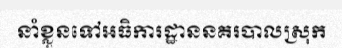
នាំខ្លួនទៅអធិការដ្ឋាននគរបាលស្រុក